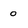
Character: o